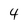
Character: 4